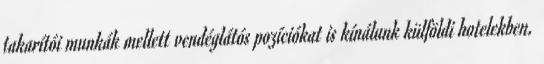
takarítói munkák mellett vendéglátós pozíciókat is kínálunk külföldi hotelekben.